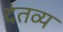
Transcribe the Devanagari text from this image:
दंतव्य